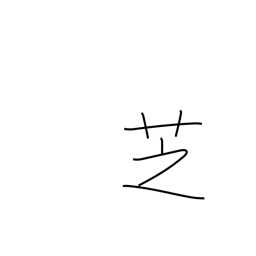
Meaning: lawn